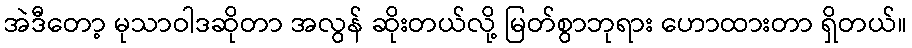
အဲဒီတော့ မုသာဝါဒဆိုတာ အလွန် ဆိုးတယ်လို့ မြတ်စွာဘုရား ဟောထားတာ ရှိတယ်။